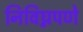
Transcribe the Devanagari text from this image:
निविघ्नपणे